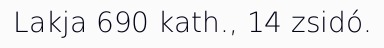
Lakja 690 kath., 14 zsidó.